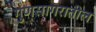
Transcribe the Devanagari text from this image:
गुणसागरातील